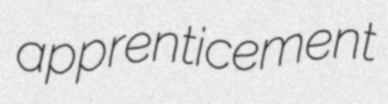
apprenticement